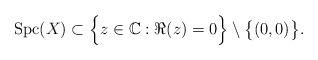
LaTeX: \begin{align*} \mbox{\rm Spc}(X)\subset\Big\{z\in\mathbb{C}:\Re(z)=0\Big\}\setminus\big\{(0,0)\big\}.\end{align*}